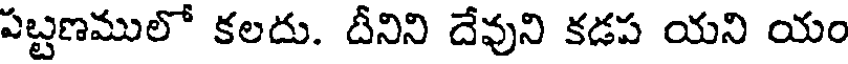
పబ్టణములో కలదు. దీనిని దేవుని కడప యని యం